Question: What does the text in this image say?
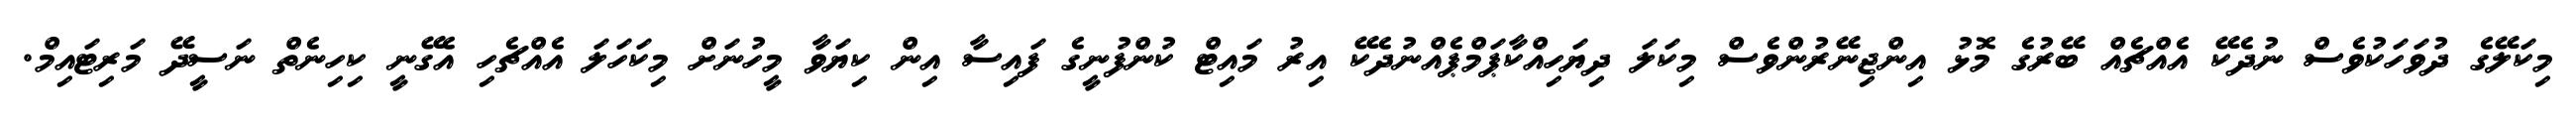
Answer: މިކަލޭގެ ދުވަހަކުވެސް ނުދެކޭ އެއްޗެއް ބޭރުގެ މޮޅު އިންޖިނޭރުންވެސް މިކަލަ ދިޔަހިއްކާޕަމްޕެއްނުދެކޭ އިރު މައިޓް ކުންފުނީގެ ފައިސާ އިން ކިޔަވާ މީހުނަށް މިކަހަލަ އެއްޗެހި އެގޭނީ ކިހިނެތް ނަސީދޭ މަރިޓައިމް.